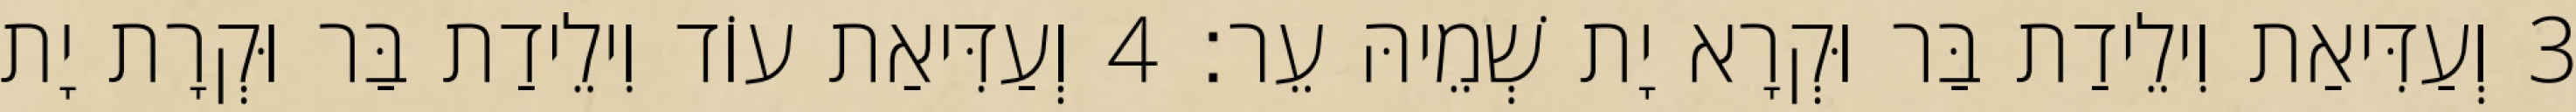
3 וְעַדִּיאַת וִילֵידַת בַּר וּקְרָא יָת שְׁמֵיהּ עֵר׃ 4 וְעַדִּיאַת עוֹד וִילֵידַת בַּר וּקְרָת יָת